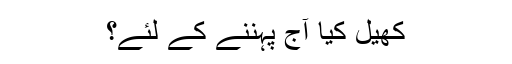
کھیل کیا آج پہننے کے لئے؟